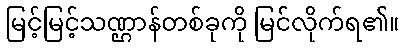
မြင့်မြင့်သဏ္ဌာန်တစ်ခုကို မြင်လိုက်ရ၏။